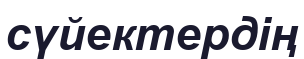
сүйектердің